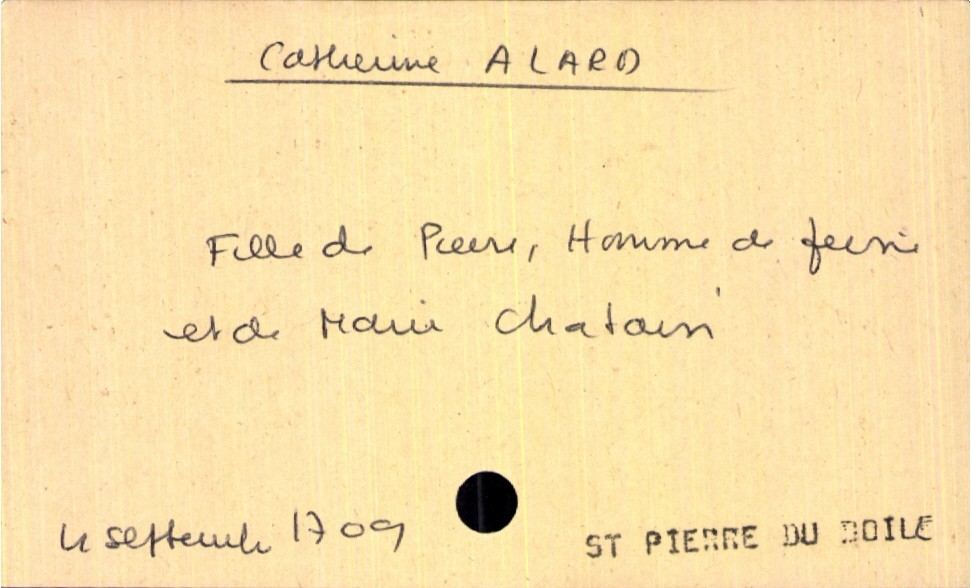
type_acte: Baptême
filiation: fille
enfant_prénom: Catherine
enfant_date_de_naissance: 4 septembre 1709
enfant_lieu_de_naissance: Saint Pierre du Boile
père_enfant_nom: Alard
père_enfant_prénom: Pierre
père_enfant_profession: homme de peine
mère_enfant_nom: Chatain
mère_enfant_prénom: Marie